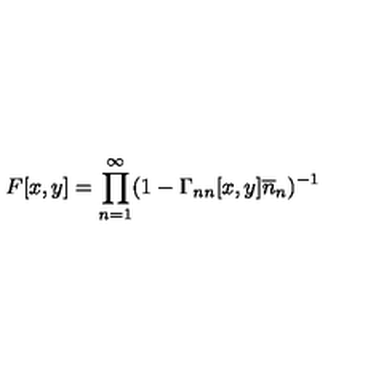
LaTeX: F [ x , y ] = \prod _ { n = 1 } ^ { \infty } ( 1 - \Gamma _ { n n } [ x , y ] \overline { { n } } _ { n } ) ^ { - 1 }